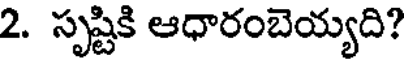
2. సృష్టికి ఆధారంబెయ్యది?